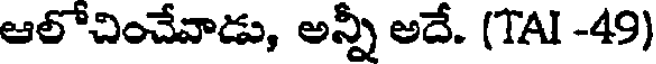
ఆలోచించేవాడు, అన్నీ అదే. (TAI -49)